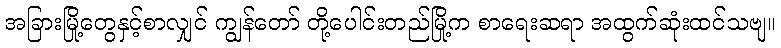
အခြားမြို့တွေနှင့်စာလျှင် ကျွန်တော် တို့ပေါင်းတည်မြို့က စာရေးဆရာ အထွက်ဆုံးထင်သဗျ။